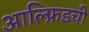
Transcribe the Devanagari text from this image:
आल्फ्रिडची